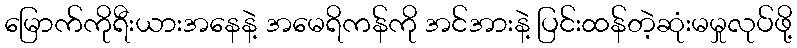
မြောက်ကိုရီးယားအနေနဲ့ အမေရိကန်ကို အင်အားနဲ့ ပြင်းထန်တဲ့ဆုံးမမှုလုပ်ဖို့